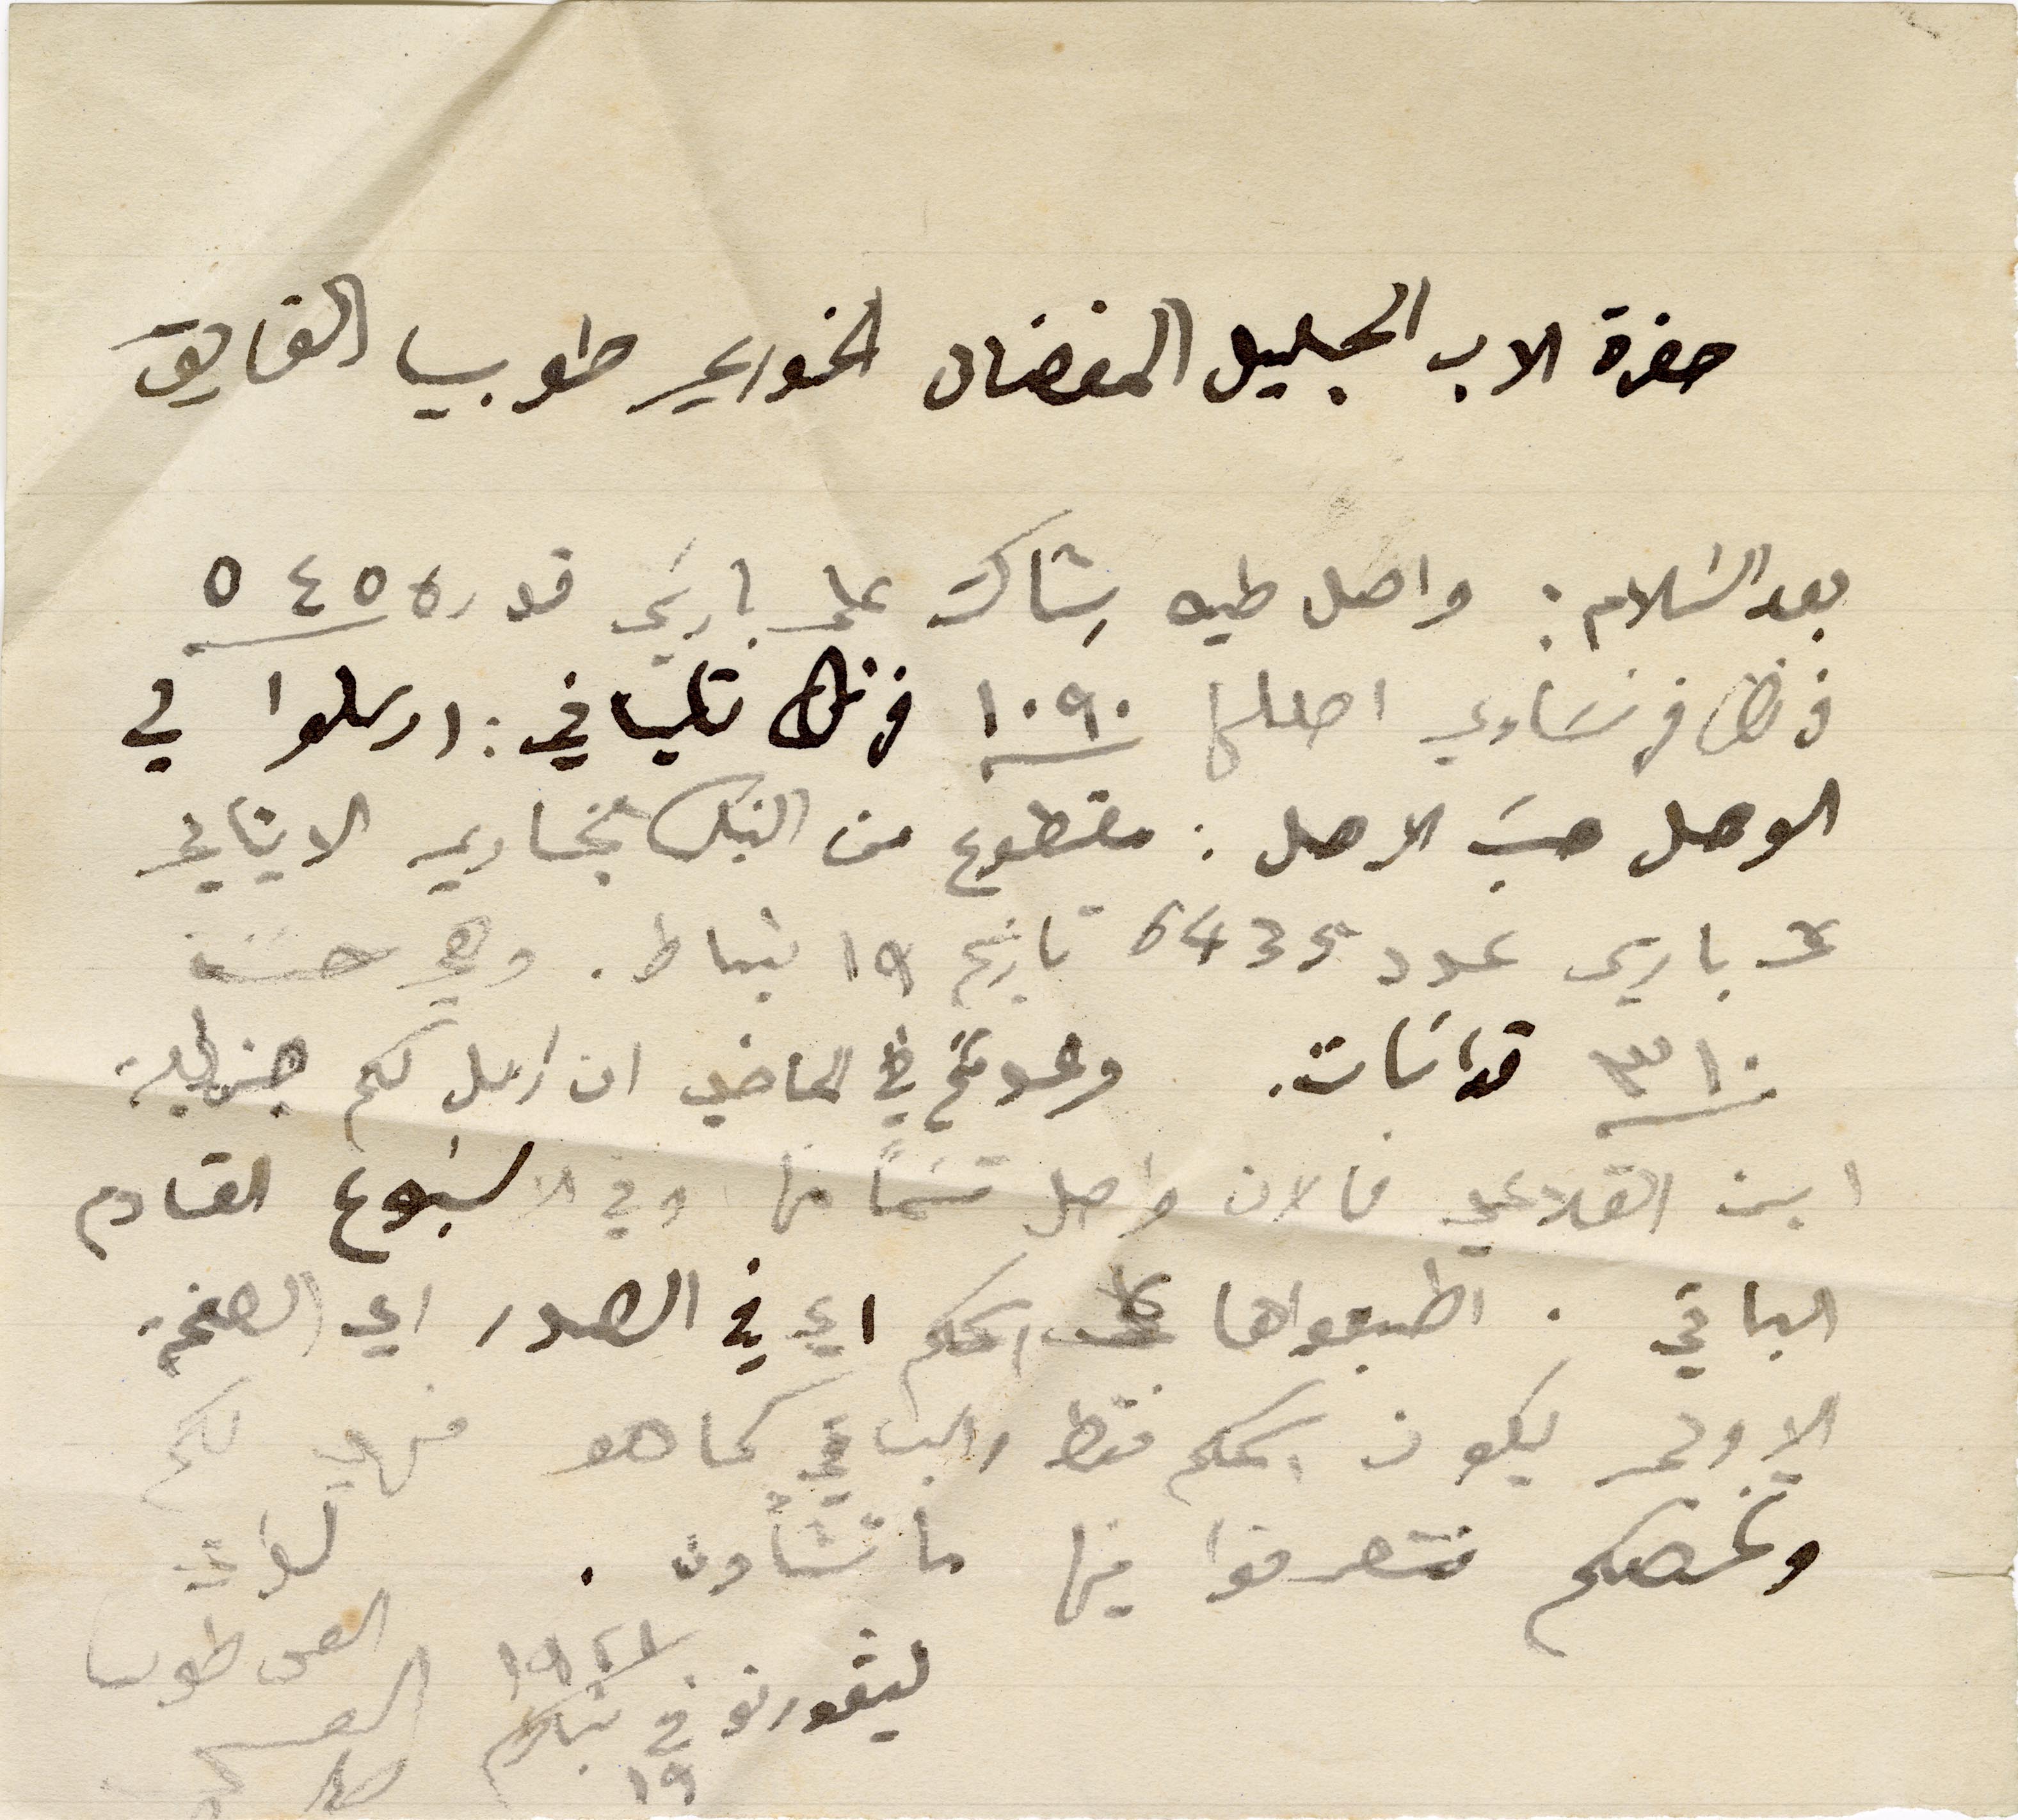
حضرة الاب الجليل المفضال الخوري طوبيا الفايق
بعد السَلام: واصل طيه شِاك على باريس قدره ٥٤٥
فرنك فرنسَاوي اصللها ١٠٩٠ فرنك تلياني: ارسلوا في
الوصل حسبَ الاصل: مقطوع من البنك التجاري الايتالي
على باريس عدد ٦٤٣٥ تاريخ ١٩ شباط. وهي حسنة
٣١٠ قداسَات. وعدتكم في الماضي ان ارسل لكم جزلية
ابن القلاعي فالان واصل قسَماً منها وفي الاسبوع القادم
الباقي. اطبعواها على اسمكم اي في الصدر اي الصفحة
الاولى يكون اسمكم فقط والباقي كما هو فهي لكم
وتخصكم فتصرفوا فيها ما تشأون.
ليفورنو في ١٩ شباط ١٩٢١
القس طوبيا العنيسي